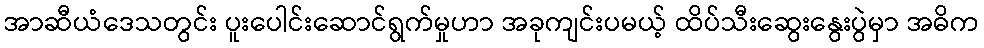
အာဆီယံဒေသတွင်း ပူးပေါင်းဆောင်ရွက်မှုဟာ အခုကျင်းပမယ့် ထိပ်သီးဆွေးနွေးပွဲမှာ အဓိက